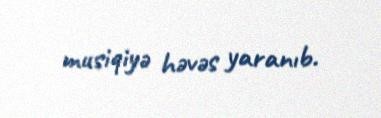
musiqiyə həvəs yaranıb.